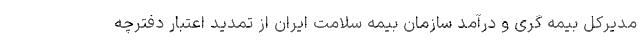
مدیرکل بیمه گری و درآمد سازمان بیمه سلامت ایران از تمدید اعتبار دفترچه